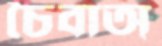
চৈবাঅ্